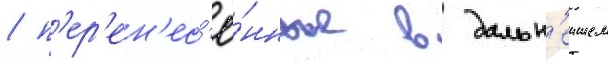
/ п'ер'ен'ес'ё́нные в дальн'еишем